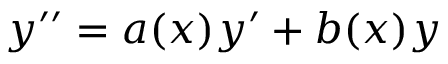
y ^ { \prime \prime } = a ( x ) y ^ { \prime } + b ( x ) y